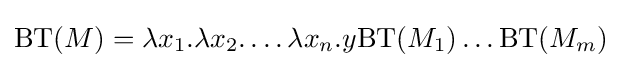
\mathrm {BT} (M)=\lambda x_{1}.\lambda x_{2}.\ldots \lambda x_{n}.y\mathrm {BT} (M_{1})\ldots \mathrm {BT} (M_{m})